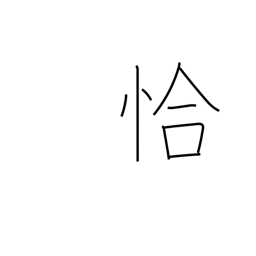
Meaning: just as